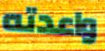
واعدته